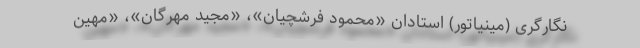
نگارگری (مینیاتور) استادان «محمود فرشچیان»، «مجید مهرگان»، «مهین